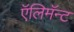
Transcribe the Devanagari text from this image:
ऍलिमॅन्ट